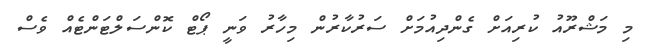
މި މަޝްރޫއު ކުރިއަށް ގެންދިއުމަށް ސަރުކާރުން މިހާރު ވަނީ ޕޯޓް ކޮންސަލްޓަންޓެއް ވެސް